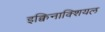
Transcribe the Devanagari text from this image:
इक्विनाक्शियल